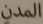
المدن